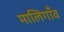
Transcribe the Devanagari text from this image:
मालिगाँव